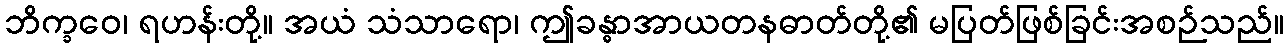
ဘိက္ခဝေ၊ ရဟန်းတို့။ အယံ သံသာရော၊ ဤခန္ဓာအာယတနဓာတ်တို့၏ မပြတ်ဖြစ်ခြင်းအစဉ်သည်။